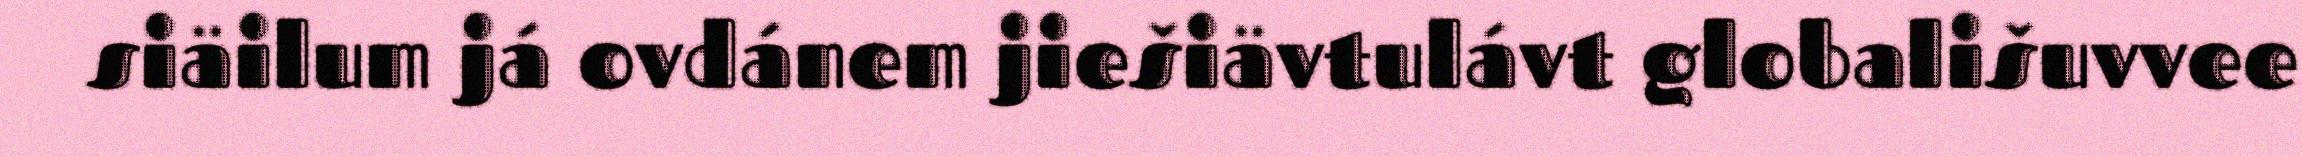
siäilum já ovdánem jiešiävtulávt globališuvvee